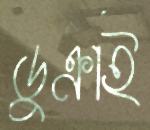
ডুক্‌রাই